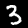
Label: 3